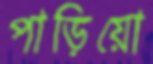
পাড়িয়ো